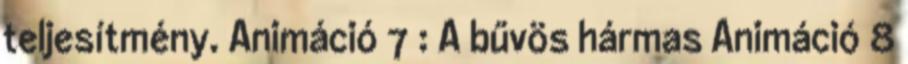
teljesítmény. Animáció 7 : A bűvös hármas Animáció 8